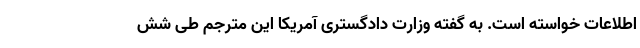
اطلاعات خواسته است. به گفته وزارت دادگستری آمریکا ‌این مترجم طی شش